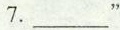
7. ___ "